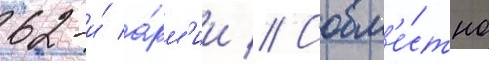
62-и́ а́рм'ии // Совм'е́стно